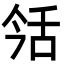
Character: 𦧎